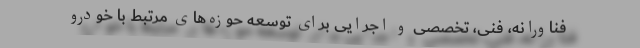
فناورانه، فنی، تخصصی و اجرایی برای توسعه‌ حوزه‌های مرتبط با خودرو